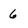
Character: 6